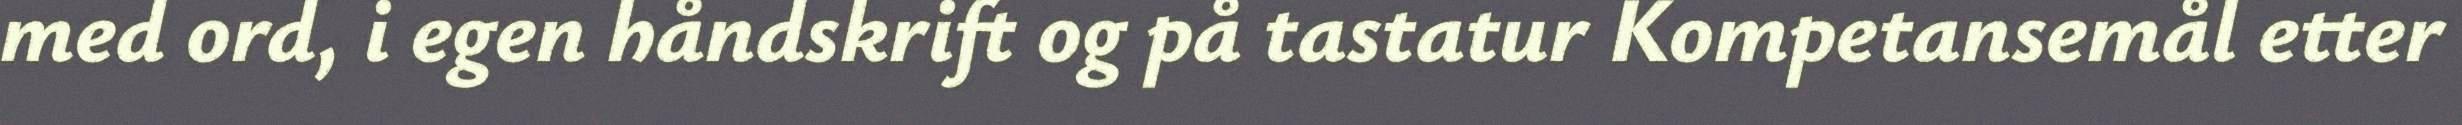
med ord, i egen håndskrift og på tastatur Kompetansemål etter